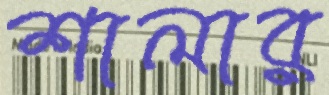
শালার